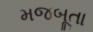
મજબૂતા